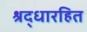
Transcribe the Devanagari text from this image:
श्रद्धारहित